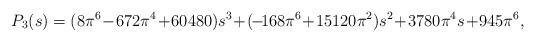
LaTeX: \begin{align*}P_3(s)=(8\pi^6\!-\!672\pi^4\!+\!60480)s^3\!+\!(\!-\!168\pi^6\!+\!15120\pi^2)s^2\!+\!3780\pi^4s\!+\!945\pi^6,\end{align*}